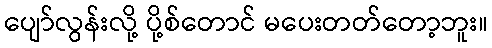
ပျော်လွန်းလို့ ပို့စ်တောင် မပေးတတ်တော့ဘူး။